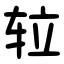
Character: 䢂